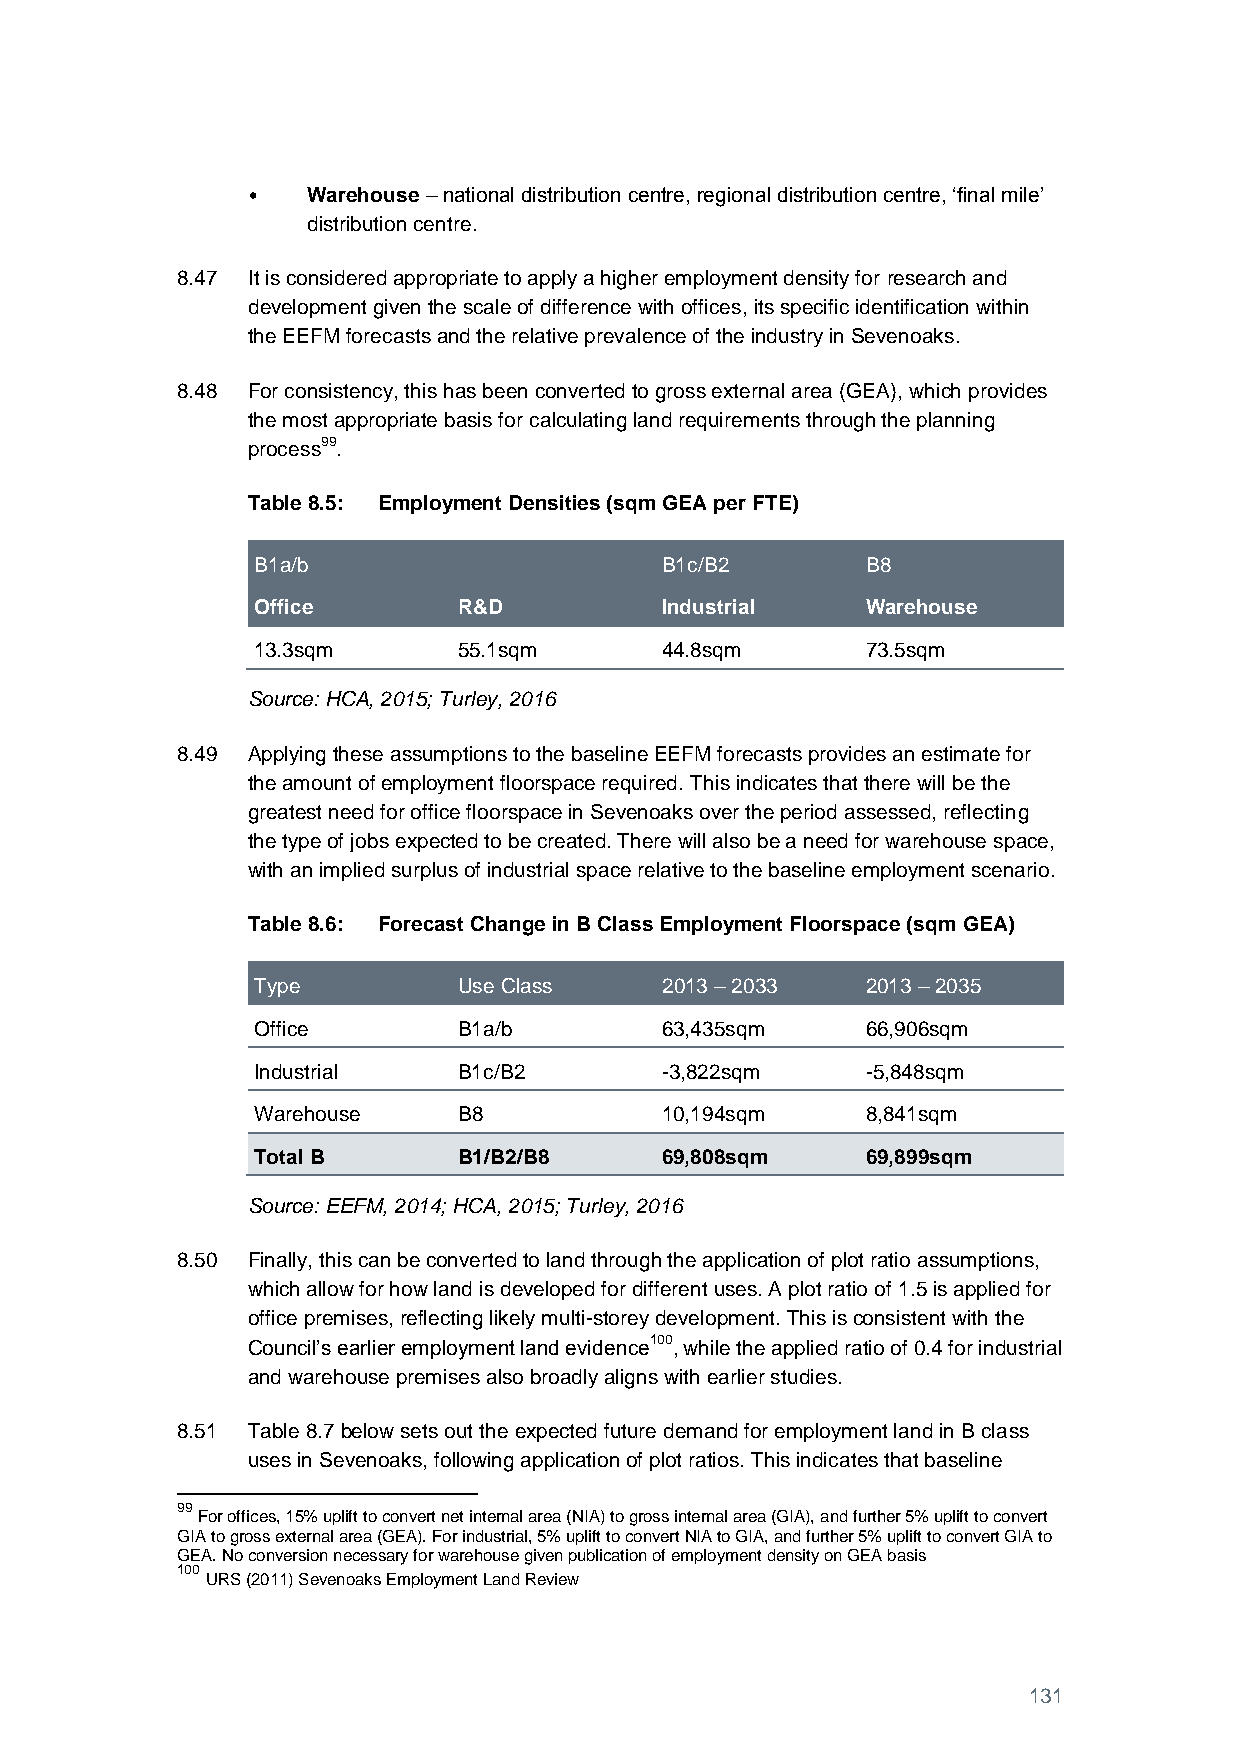
•   Warehouse – national distribution centre, regional distribution centre, ‘final mile’
 distribution centre.
 8.47 It is considered appropriate to apply a higher employment density for research and
 development given the scale of difference with offices, its specific identification within
 the EEFM forecasts and the relative prevalence of the industry in Sevenoaks.
 8.48 For consistency, this has been converted to gross external area (GEA), which provides
 the most appropriate basis for calculating land requirements through the planning
 process99.
 Table 8.5: Employment Densities (sqm GEA per FTE)
 B1a/b                      B1c/B2       B8
 Office       R&D           Industrial   Warehouse
 13.3sqm      55.1sqm       44.8sqm      73.5sqm
 Source: HCA, 2015; Turley, 2016
 8.49 Applying these assumptions to the baseline EEFM forecasts provides an estimate for
 the amount of employment floorspace required. This indicates that there will be the
 greatest need for office floorspace in Sevenoaks over the period assessed, reflecting
 the type of jobs expected to be created. There will also be a need for warehouse space,
 with an implied surplus of industrial space relative to the baseline employment scenario.
 Table 8.6: Forecast Change in B Class Employment Floorspace (sqm GEA)
 Type         Use Class     2013 – 2033  2013 – 2035
 Office       B1a/b         63,435sqm    66,906sqm
 Industrial   B1c/B2        -3,822sqm    -5,848sqm
 Warehouse    B8            10,194sqm    8,841sqm
 Total B      B1/B2/B8      69,808sqm    69,899sqm
 Source: EEFM, 2014; HCA, 2015; Turley, 2016
 8.50 Finally, this can be converted to land through the application of plot ratio assumptions,
 which allow for how land is developed for different uses. A plot ratio of 1.5 is applied for
 office premises, reflecting likely multi-storey development. This is consistent with the
 Council’s earlier employment land evidence100, while the applied ratio of 0.4 for industrial
 and warehouse premises also broadly aligns with earlier studies.
 8.51 Table 8.7 below sets out the expected future demand for employment land in B class
 uses in Sevenoaks, following application of plot ratios. This indicates that baseline
 99
 For offices, 15% uplift to convert net internal area (NIA) to gross internal area (GIA), and further 5% uplift to convert
 GIA to gross external area (GEA). For industrial, 5% uplift to convert NIA to GIA, and further 5% uplift to convert GIA to
 GEA. No conversion necessary for warehouse given publication of employment density on GEA basis
 100
 URS (2011) Sevenoaks Employment Land Review
 131